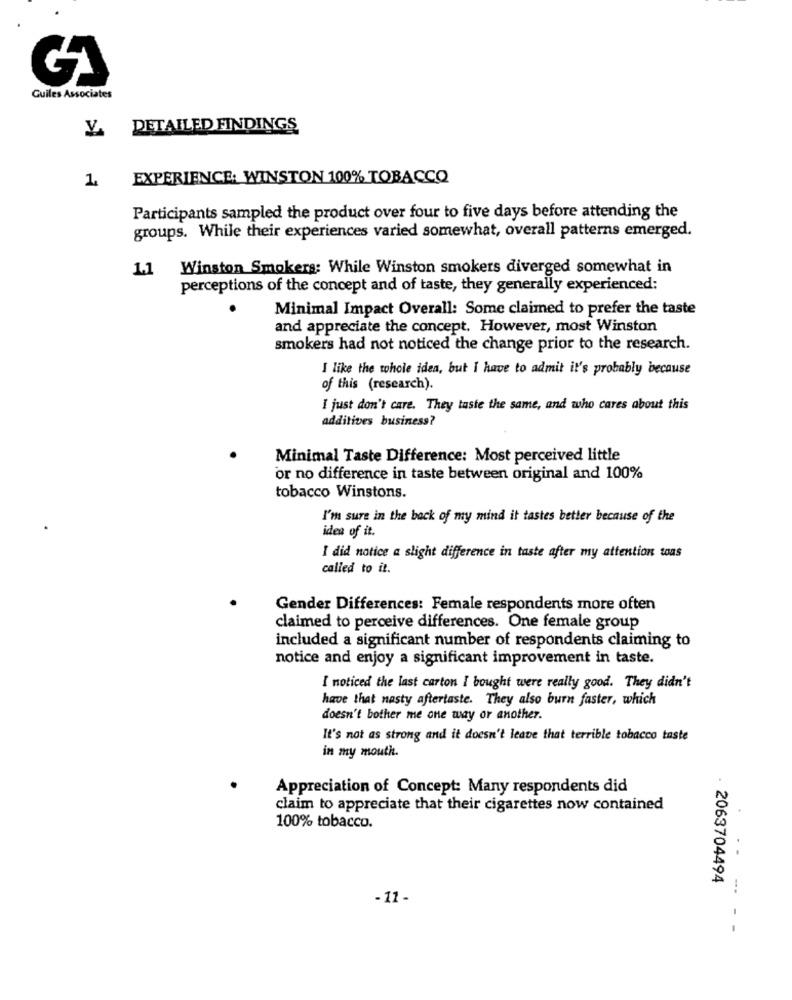
Guiles Associates
DETAILED FINDINGS
EXPERIENCE: WINSTON 100% TOBACCO
1
Participants sampled the product over four to five days before attending the
groups. While their experiences varied somewhat, overall patterns emerged.
1.1 Winston Smokers: While Winston smokers diverged somewhat in
perceptions of the concept and of taste, they generally experienced:
Minimal Impact Overall: Some claimed to prefer the taste
and appreciate the concept. However, most Winston
smokers had not noticed the change prior to the research.
I like the whole idea, but I have to admit it's probably because
of this (research).
I just don't care. They taste the same, and who cares about this
additives business?
Minimal Taste Difference: Most perceived little
or no difference in taste between original and 100%
tobacco Winstons.
I'm sure in the back of my mind it tastes better because of the
idea of it.
I did notice a slight difference in taste after my attention toas
called to it.
Gender Differences: Female respondents more often
claimed to perceive differences. One female group
included a significant number of respondents claiming to
notice and enjoy a significant improvement in taste.
I noticed the last carton I bought were really good. They didn't
have that nasty aftertaste. They also burn faster, which
doesn't bother me one way or another.
It's not as strong and it doesn't leave that terrible tobacco taste
in my mouth.
Appreciation of Concept: Many respondents did
claim to appreciate that their cigarettes now contained
100% tobacco.
..
. 2063704494
-.
-11-
--